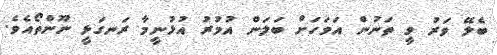
ބެލޭ ވަރު ވީ ތަނުން އަވަހަށް ބަލަން އުމުަރު އުޅުނީމާ ރަނގަޅީ ނޫންތޯއެވެ.